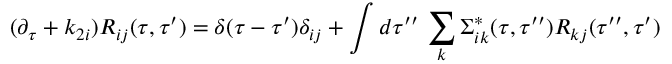
{ } ( \partial _ { \tau } + k _ { 2 i } ) R _ { i j } ( \tau , \tau ^ { \prime } ) = \delta ( \tau - \tau ^ { \prime } ) \delta _ { i j } + \int d \tau ^ { \prime \prime } \, \sum _ { k } \Sigma _ { i k } ^ { * } ( \tau , \tau ^ { \prime \prime } ) R _ { k j } ( \tau ^ { \prime \prime } , \tau ^ { \prime } )